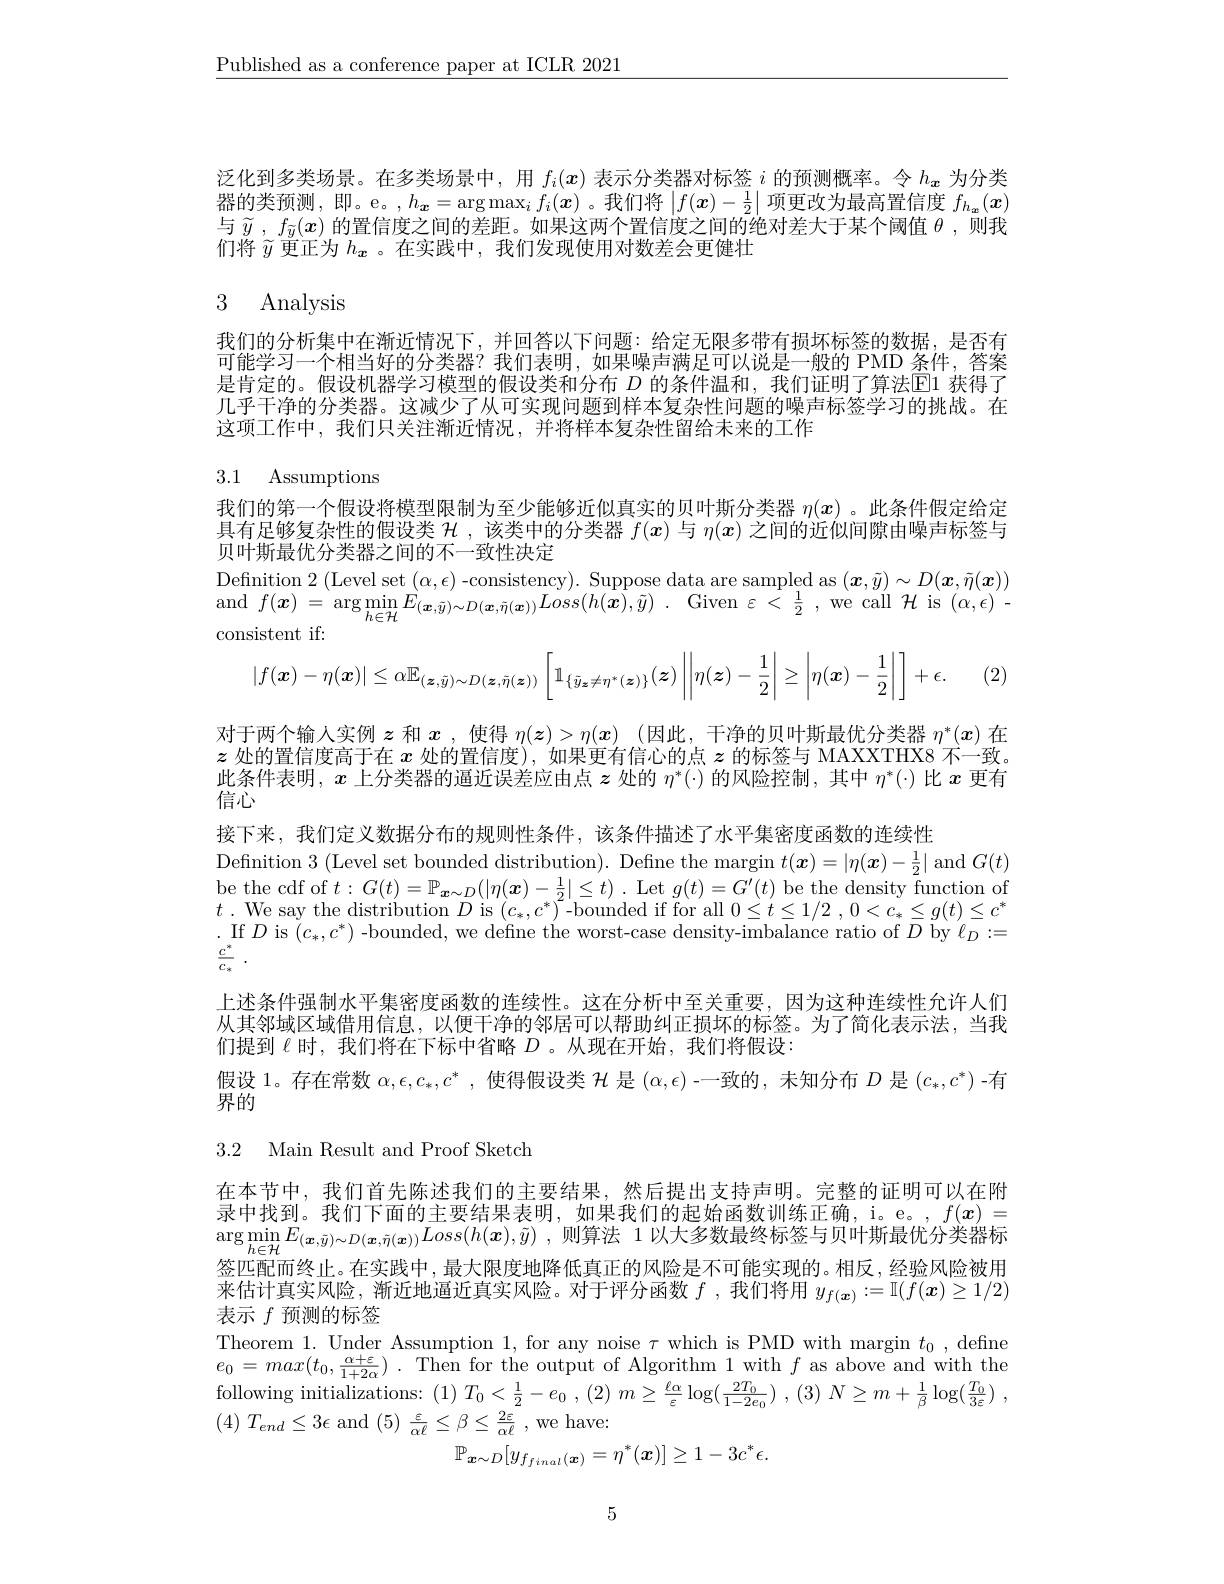
$\underline{\text{Published as a conference paper at ICLR 2021}}$

泛化到多类场景。在多类场景中，用$f_i(x)$表示分类器对标签$i$的预测概率。令$h_{\mathbf{x}}$为分类器的类预测，即。e。$,h_{\boldsymbol{x}}=\arg\max_if_i(\boldsymbol{x})$ 。我们将$\left|f(\boldsymbol{x})-\frac12\right|$项更改为最高置信度 $f_h_{\boldsymbol{x}}(\boldsymbol{x})$ 与$\widetilde{y}$ , $f_{\widetilde{y}}(x)$的置信度之间的差距。如果这两个置信度之间的绝对差大于某个阈值$\theta$ ,则我们将$\widetilde{y}$更正为$h_{\boldsymbol{x}}$ 。在实践中，我们发现使用对数差会更健壮

# 3 Analysis

我们的分析集中在渐近情况下，并回答以下问题：给定无限多带有损坏标签的数据，是否有可能学习一个相当好的分类器？我们表明，如果噪声满足可以说是一般的 PMD 条件，答案是肯定的。假设机器学习模型的假设类和分布 $D$ 的条件温和，我们证明了算法$\color{red}{\boxed{\Gamma}1\text{ 获得了}}$ 几乎干净的分类器。这减少了从可实现问题到样本复杂性问题的噪声标签学习的挑战。在这项工作中，我们只关注渐近情况，并将样本复杂性留给未来的工作

3.1 Assumptions

(2)

我们的第一个假设将模型限制为至少能够近似真实的贝叶斯分类器$\eta(x)$ 。此条件假定给定具有足够复杂性的假设类$\mathcal{H}$ ,该类中的分类器$f(x)$与$\eta(x)$之间的近似间隙由噪声标签与贝叶斯最优分类器之间的不一致性决定
$\operatorname*{\text{Definition 2}}_{\mathrm{d}}(\operatorname*{\text{Level set }}_{\mathrm{d}}(\alpha,\epsilon)$-consistency$).\operatorname*{\text{Suppose data are sampled as }}(\boldsymbol{x},\tilde{y})\sim D(\boldsymbol{x},\tilde{\eta}(\boldsymbol{x}))$ and$f(\boldsymbol x)=\arg\min_{h\in\mathcal{H}}E_{(\boldsymbol{x},\tilde{y})\sim D(\boldsymbol{x},\tilde{\eta}(\boldsymbol{x}))}Loss(h(\tilde{\boldsymbol{x}}),\tilde{y}).$Given$\varepsilon<\frac12$,we call$\mathcal{H}$is$(\alpha,\epsilon)-$ consistent if:
$$|f(\boldsymbol{x})-\eta(\boldsymbol{x})|\leq\alpha\mathbb{E}_{(\boldsymbol{z},\tilde{y})\sim D(\boldsymbol{z},\tilde{\eta}(\boldsymbol{z}))}\left[\mathbb{1}_{\{\tilde{y}_{\boldsymbol{z}}\neq\eta^*(\boldsymbol{z})\}}(\boldsymbol{z})\left|\left|\eta(\boldsymbol{z})-\frac{1}{2}\right|\geq\left|\eta(\boldsymbol{x})-\frac{1}{2}\right|\right.\right]+\epsilon.$$
对于两个输入实例$z$和$x$ ,使得$\eta(\boldsymbol{z})>\eta(\boldsymbol{x})$ (因此，干净的贝叶斯最优分类器$\eta^*(x)$在$z$处的置信度高于在$x$处的置信度),如果更有信心的点$z$的标签与 MAXXTHX8 不一致。此条件表明，$x$上分类器的逼近误差应由点$z$处的$\eta^*(\cdot)$的风险控制，其中$\eta^*(\cdot)$比$x$更有信心
接下来，我们定义数据分布的规则性条件，该条件描述了水平集密度函数的连续性
Definition 3 (Level set bounded distribution). Define the margin $t(\boldsymbol{x})=|\eta(\boldsymbol{x})-\frac12|$ and $G(t)$ be the cdf of $t: G( t) = \mathbb{P} _{\boldsymbol{x}\sim D}( | \eta ( \boldsymbol{x}) - \frac 12| \leq t)$ . Let $g(t)=G^\prime(t)$ be the density function of $t.$ We say the distribution $D$ is $(c_*,c^*)$-bounded if for all $0\leq t\leq 1/ 2$ $, 0< c_* \leq g( t) \leq c^*$ .If $D$ is $(c_*,c^*)$-bounded, we define the worst-case density-imbalance ratio of $D$ by $\ell_D:=$ $\frac {c^* }{c_* }$ .
上述条件强制水平集密度函数的连续性。这在分析中至关重要，因为这种连续性允许人们从其邻域区域借用信息，以便干净的邻居可以帮助纠正损坏的标签。为了简化表示法，当我们提到$\ell$时，我们将在下标中省略$D$ 。从现在开始，我们将假设：
假设 1。存在常数$\alpha,\epsilon,c_*,c^*$,使得假设类$\mathcal{H}$是$(\alpha,\epsilon)$ -一致的，未知分布$D$是$(c_*,c^*)$ -有
界的

## 3.2 Main Result and Proof Sketch

在本节中，我们首先陈述我们的主要结果，然后提出支持声明。完整的证明可以在附录中找到。我们下面的主要结果表明，如果我们的起始函数训练正确，i。e。, $f(x)=$ $\arg \min _{h\in \mathcal{H} }E_{( \boldsymbol{x}, \tilde{y} ) \sim D( \boldsymbol{x}, \tilde{\eta } ( \boldsymbol{x}) ) }Loss( h( \boldsymbol{x}) , \tilde{y} )$ ,则算法 1以大多数最终标签与贝叶斯最优分类器标签匹配而终止。在实践中，最大限度地降低真正的风险是不可能实现的。相反，经验风险被用来估计真实风险，渐近地逼近真实风险。对于评分函数$f$ ,我们将用$y_f(\boldsymbol{x}):=\mathbb{I}(f(\boldsymbol{x})\geq1/2)$ 表示$f$预测的标签

Theorem 1. Under Assumption 1, for any noise $\tau$ which is PMD with margin $t_0$, define $e_{0}= max( t_{0}, \frac {\alpha + \varepsilon }{1+ 2\alpha })$ .Then for the output of Algorithm 1 with $f$ as above and with the following initializations: (1) $T_{0}< \frac 12- e_{0}$ , (2) $m\geq \frac {\ell \alpha }\varepsilon \log ( \frac {2T_{0}}{1- 2e_{0}})$ , (3) $N\geq m+ \frac 1\beta \log ( \frac {T_{0}}{3\varepsilon })$ , (4) $T_{end}\leq 3\epsilon$ and (5) $\frac \varepsilon {\alpha \ell }\leq \beta \leq \frac {2\varepsilon }{\alpha \ell }$ ,we have:
$\mathbb{P}_{\boldsymbol{x}\sim D}[y_{f_{final}(\boldsymbol{x})}=\eta^{*}(\boldsymbol{x})]\geq1-3c^{*}\epsilon.$

5